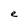
Character: e